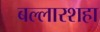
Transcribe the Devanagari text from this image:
बल्लारशहा